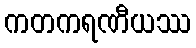
ကတကရဏီယဿ